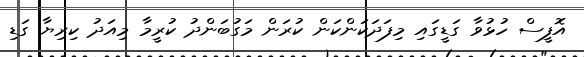
އޮފީސް ހުޅުވާ ގަޑީގައި މިފަދަކަންކަން ކުރަން މަގުބަންދު ކުރީމާ މިއަދު ކިރިޔާ ގަޑި